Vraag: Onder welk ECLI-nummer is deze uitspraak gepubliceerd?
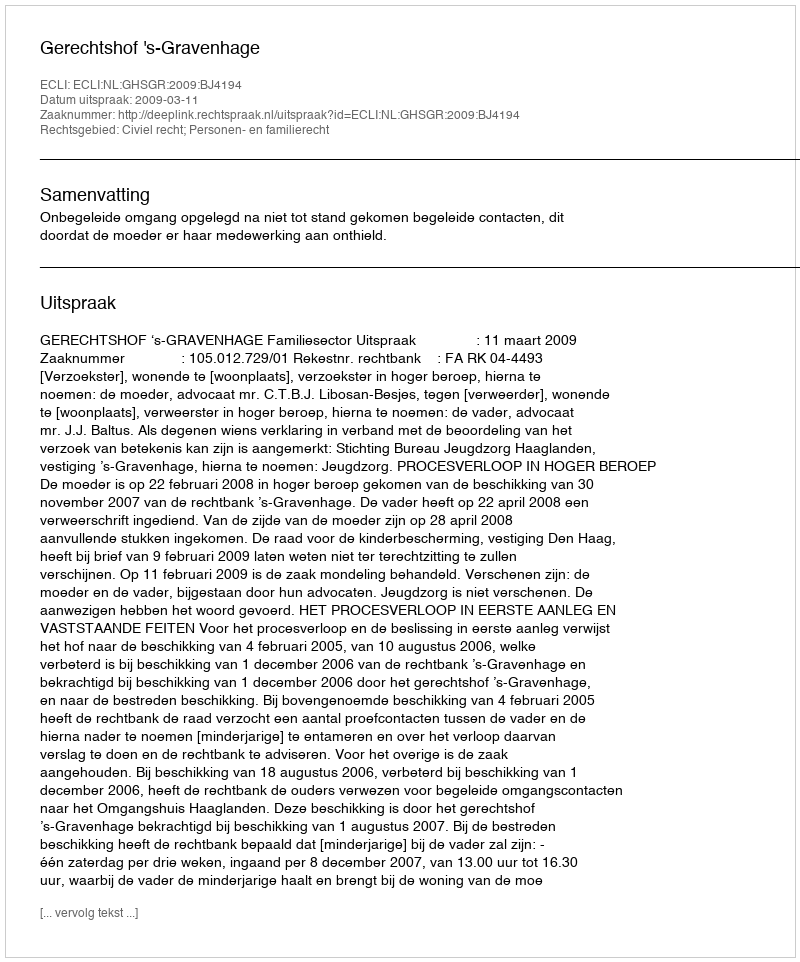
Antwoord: ECLI:NL:GHSGR:2009:BJ4194